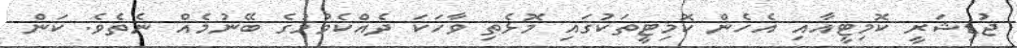
ޖުޑިޝަރީ ކޮމިޓީއާއި އެހެން ކޮމިޓީތަކުގައި މޮޅެތި ވާހަކަ ދެއްކެވުމުގެ ބޭނުމެއް ނެތެވެ. ކަން